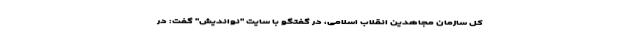
کل سازمان مجاهدین انقلاب اسلامی، در گفتگو با سایت "نواندیش" گفت: در